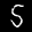
Label: 5